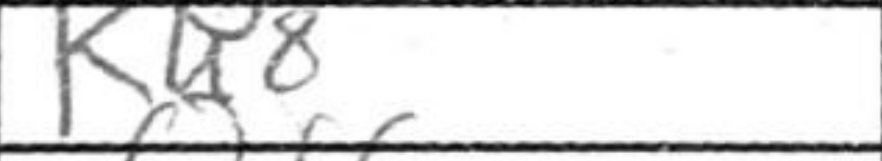
Transcription: Kh8